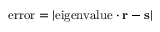
{ \mathrm { e r r o r } } = | { \mathrm { e i g e n v a l u e } } \cdot \mathbf { r } - \mathbf { s } |